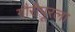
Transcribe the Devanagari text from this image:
गौरीपूरला